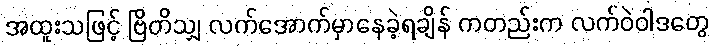
အထူးသဖြင့် ဗြိတိသျှ လက်အောက်မှာနေခဲ့ရချိန် ကတည်းက လက်ဝဲဝါဒတွေ